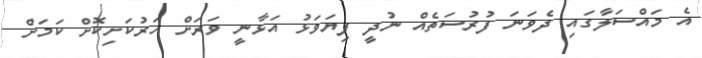
އެ މައްސަލާގައި ދެވަނަ ފުރުސަތެއް ނުދީ ފިޔަވަޅު އަޅާނީ ވަރަށް ހަރުކަށިކޮށް ކަމަށް